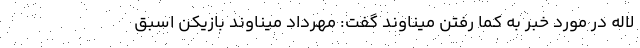
لاله در مورد خبر به کما رفتن میناوند گفت: مهرداد میناوند بازیکن اسبق